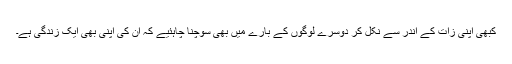
کبھی اپنی زات کے اندر سے نکل کر دوسرے لوگوں کے بارے میں بھی سوچنا چاہئیے کہ ان کی اپنی بھی ایک زندگی ہے۔